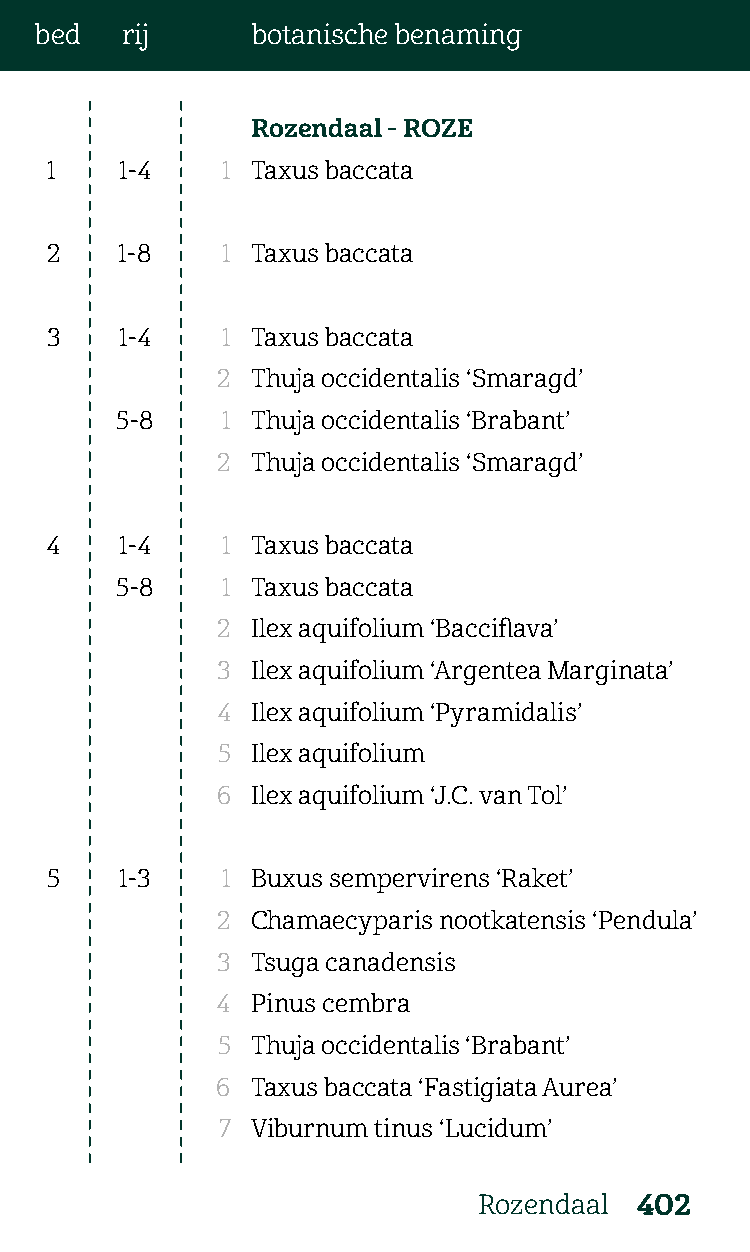
bed   rij      botanische benaming
 Rozendaal - ROZE
 1    1-4    1 Taxus baccata
 2    1-8    1 Taxus baccata
 3    1-4    1 Taxus baccata
 2  Thuja occidentalis ‘Smaragd’
 5-8    1 Thuja occidentalis ‘Brabant’
 2  Thuja occidentalis ‘Smaragd’
 4    1-4    1 Taxus baccata
 5-8    1 Taxus baccata
 2  Ilex aquifolium ‘Bacciflava’
 3  Ilex aquifolium ‘Argentea Marginata’
 4  Ilex aquifolium ‘Pyramidalis’
 5  Ilex aquifolium
 6  Ilex aquifolium ‘J.C. van Tol’
 5    1-3    1 Buxus sempervirens ‘Raket’
 2  Chamaecyparis nootkatensis ‘Pendula’
 3  Tsuga canadensis
 4  Pinus cembra
 5  Thuja occidentalis ‘Brabant’
 6  Taxus baccata ‘Fastigiata Aurea’
 7  Viburnum tinus ‘Lucidum’
 Rozendaal 402